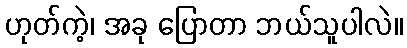
ဟုတ်ကဲ့၊ အခု ပြောတာ ဘယ်သူပါလဲ။